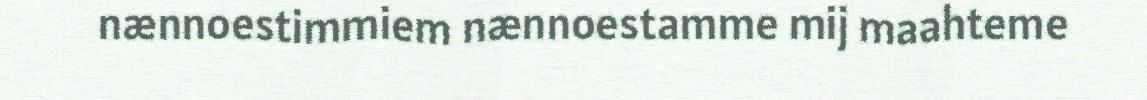
nænnoestimmiem nænnoestamme mij maahteme